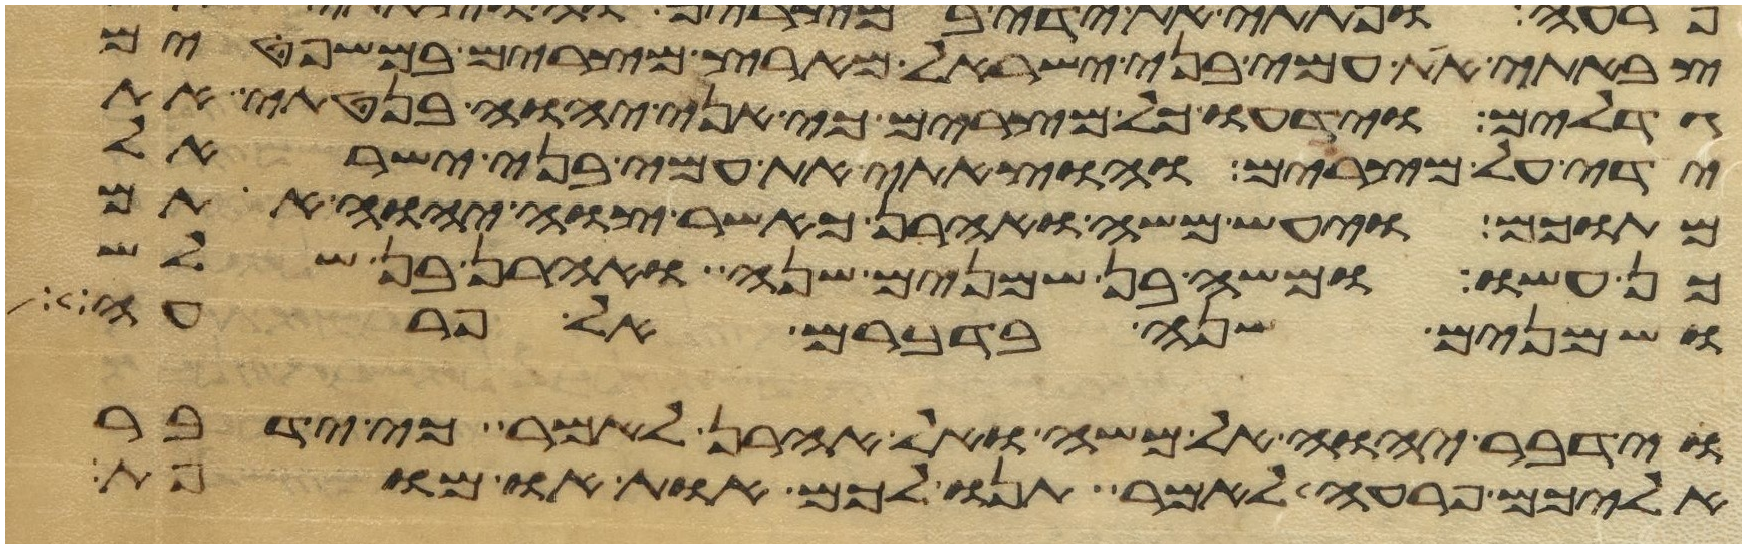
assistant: צבאתי את עמי בני ישראל מארץ מצרים במשפטים
גדלים וידעו כל מצרים כי אני יהוה בנטתי את
ידי על מצרים והוצאתי את עמי בני ישראל
מתוכם ויעש משה ואהרן כאשר צוה יהוה אתם
כן עשו ומשה בן שמנים שנה ואהרן בן שלש
ושמנים שנה בדברם אל פרעה
וידבר יהוה אל משה ואל אהרן לאמר כי ידבר
אליכם פרעה לאמר תנו לכם אות או מופת